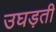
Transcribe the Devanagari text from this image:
उघड़ती